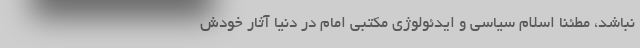
نباشد، مطئنا اسلام سیاسی و ایدئولوژی مکتبی امام در دنیا آثار خودش